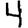
Digit: 4